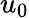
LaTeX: u_{0}